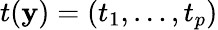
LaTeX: t(\mathbf{y})=(t_{1},\ldots,t_{p})